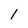
Character: 1